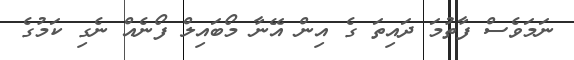
ނަމަވެސް ފާތުމަ ދައިތަ ގެ އިން އޭނާ މޯބައިލް ފޯނެއް ނެގި ކަމުގެ